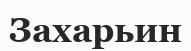
Захарьин